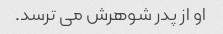
او از پدر شوهرش می ترسد.